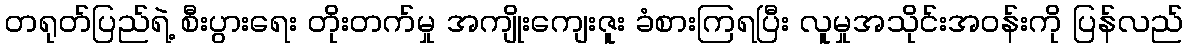
တရုတ်ပြည်ရဲ့ စီးပွားရေး တိုးတက်မှု အကျိုးကျေးဇူး ခံစားကြရပြီး လူမှုအသိုင်းအဝန်းကို ပြန်လည်